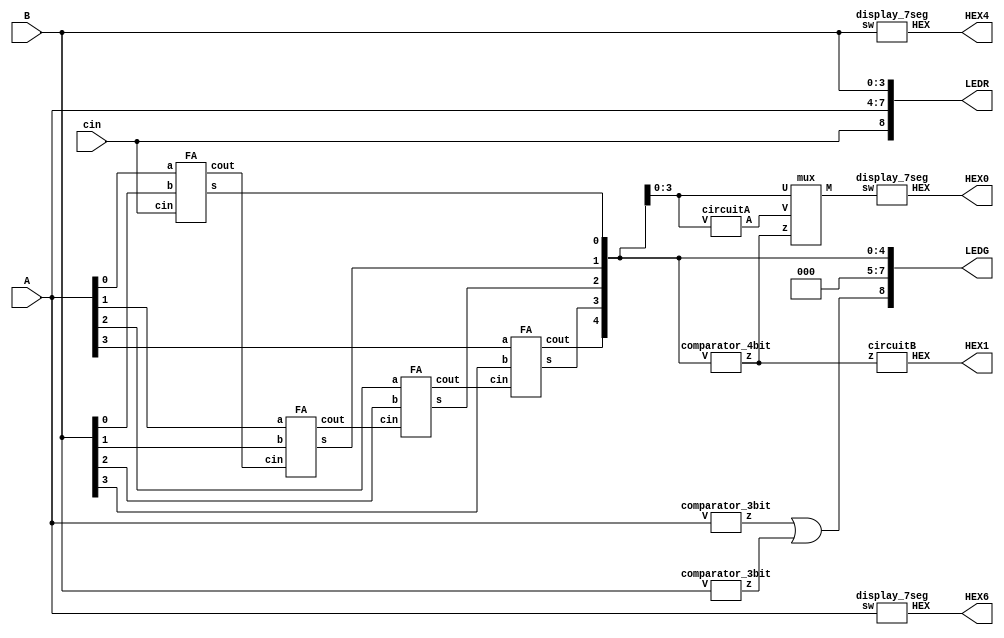
module L4part4(A,B,cin,HEX6,HEX4,HEX1,HEX0,LEDG, LEDR);
	input [3:0]A,B; //4-bit input
	input cin; //carry-in
	output [0:6] HEX6, HEX4, HEX1, HEX0; //7-segment
	output [8:0] LEDR, LEDG;
	wire [4:0]s; //5-bit output
	wire c1, c2, c3, co; //carry-out
	wire z0,z1; //inspect input is bigger than 9
	
	comparator_3bit C0 (A, z0); // A > 9 : z0 = 1
   comparator_3bit C1 (B, z1); // B > 9 : z1 = 1
	
	assign LEDR[7:4] = A;
	assign LEDR[3:0] = B;
	assign LEDR[8] = cin;
	assign LEDG[7:5] = 0;
	assign LEDG[8] = z0 | z1;
	
	// A(4-bit) + B(4-bit) = S(5-bit)
	FA F1(A[0],B[0],cin,s[0],c1);
	FA F2(A[1],B[1],c1,s[1],c2);
	FA F3(A[2],B[2],c2,s[2],c3);
	FA F4(A[3],B[3],c3,s[3],s[4]);
	
	assign LEDG[4:0] = s[4:0];
	
   wire z;
   wire [3:0] T, M;

   comparator_4bit C2 (s[4:0], z); //if s > 9 : z = 1
   circuitA a (s[3:0], T); // if z = 1 : assign T
	mux m (z,s[3:0],T,M); // if z = 0: M = s[3:0], if z = 1: M = T
	circuitB b(z,HEX1);
	display_7seg h0(M,HEX0);
	display_7seg h1(A,HEX6);
	display_7seg h2(B,HEX4);
	
endmodule

module circuitB (z, HEX);

  input z;
  output [0:6] HEX;

  assign HEX = (z == 1'b0) ? 7'b0000001:7'b1001111;
  
endmodule


module circuitA (V, A);
  input [3:0] V;
  output [3:0] A;

  assign A[0] = V[0];
  assign A[1] = ~V[1];
  assign A[2] = (~V[3] & ~V[1]) | (V[2] & V[1]);
  assign A[3] = (~V[3] & V[1]);
  
endmodule

module mux(z,U,V,M);

 //if z = 0 U z = 1 V
 input z;
 input [3:0]U,V;
 output [3:0]M;
 
// assign M = (z == 1'b0) ? U: V;
 assign M[0] = (z & V[0]) | (~z & U[0]);
 assign M[1] = (z & V[1]) | (~z & U[1]);
 assign M[2] = (z & V[2]) | (~z & U[2]);
 assign M[3] = (z & V[3]) | (~z & U[3]);

endmodule


module display_7seg(sw,HEX);

	input[3:0] sw;
	output [0:6]HEX;
	
	assign HEX = (sw == 4'b0000) ? 7'b0000001: //0
					 (sw == 4'b0001) ? 7'b1001111: //1
					 (sw == 4'b0010) ? 7'b0010010: //2
					 (sw == 4'b0011) ? 7'b0000110: //3
					 (sw == 4'b0100) ? 7'b1001100: //4
					 (sw == 4'b0101) ? 7'b0100100: //5
					 (sw == 4'b0110) ? 7'b0100000: //6
					 (sw == 4'b0111) ? 7'b0001101: //7
					 (sw == 4'b1000) ? 7'b0000000: //8
					 (sw == 4'b1001) ? 7'b0000100: //9
											 7'b1111111;
	
endmodule


module FA(a,b,cin,s,cout);

	input a,b,cin;
	output s,cout;
	
	assign cout = (b & cin) | (a & cin) | (a & b);
	assign s = a ^ b ^ cin;

endmodule

module comparator_3bit (V, z);
  input [3:0] V;
  output z;

  assign z = (V[3] & (V[2] | V[1]));
  
endmodule

module comparator_4bit (V, z);

  input [4:0] V;
  output z;

  assign z = V[4] |(V[3] & (V[2] | V[1]));
  
endmodule